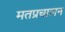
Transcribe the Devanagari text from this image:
मतप्रचालन